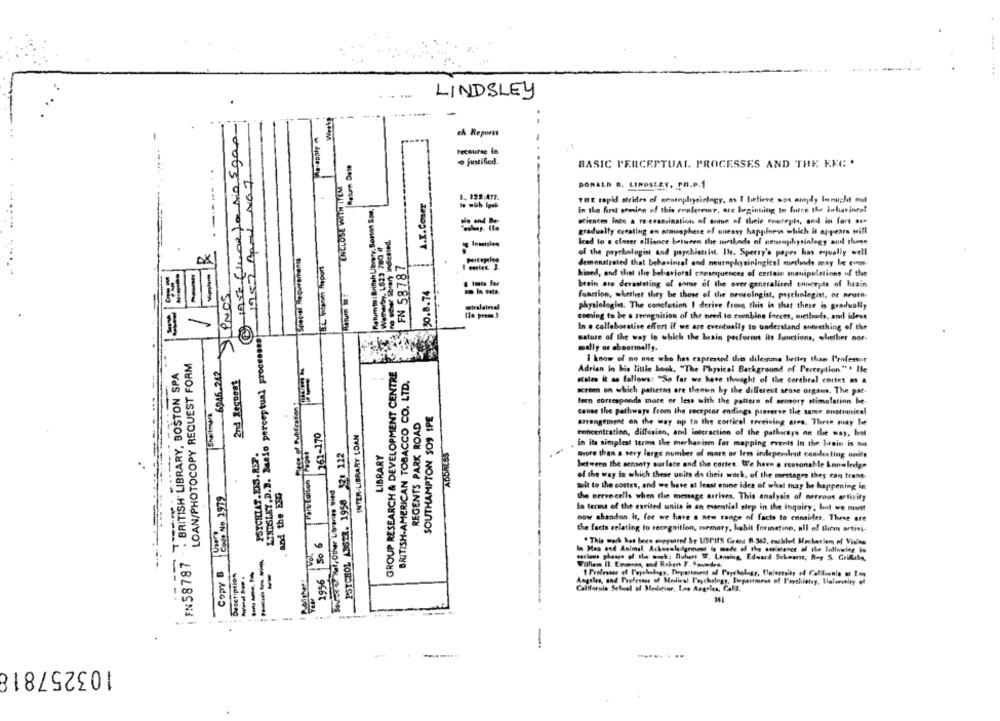
LINDSLEY
1 19se fluor )a sio Egas-
-
...
Pe-apply
ch Reports
Fecourse in
Return Dash
-----...
· justified.
BASIC PERCEPTUAL PROCESSES AND THE KEC .
1987 Are NOT
ENCLOSE WITH ITEM
DONALD B. LINDSLEY, PH.D.1
Returnto : British Library, Berton Spa.
A.X.Comer
THE rapid strides of emureplisiology, as I believe was anply lanu,hit col
in the first somion of this ronlereur, are beginning to faire Ihr Juharinrot
sciences Into a re-eranvinations of some of their carryle, and in fart ase
gradually creating an ormesphere of oueasy happiness which it appears will
leed to s elmer alliance between the methods of nemaphysiology aul than
Speciel Requirements
of the psychologist and psychiatsint. Ile. Sperry's papes has equally well
DX
THL Wonen Report
FN 58787
demonstrated that behavingal and neurophysiningical methods may be com.
bined, and that the behavioral consequences of certain manipulations of the
ILINOS
30.8.74
brain ase devastating of some of the over generalised concepts of bain
Function, whether they be those of the ormologist, psychologist, or neuro.
physiologist. The conclusion I derive fromg this is that there is gradually
coming to be a reengnition of the need to combine forces, methods, and idest
LINDSLEY,D.D. Basio perceptual processes
In a collaborative effort if we are eventually to understand annething of the
nature of the way to which the brain pecformos its Sanctions, whether nor-
mally or abearmally.
LOAN/PHOTOCOPY REQUEST FORM
-6946.242
I know of no one who has expressed! this dilemma better than Profenet
----
i FN58787 . . BRITISH LIBRARY, BOSTON SPA
GROUP RESEARCH & DEVELOPMENT CENTRE
2nd Request
BRITISH-AMERICAN TOBACCO CO. LTD.
Adrian in his tiule book, "The Physical Background of Perception."" Ile
states it as follows: "So far we have thought of the corthrel cortet as a
screen on which patterns are theown by the different sense organs. The pat-
lern corresponds mate or less with the pattern of sensory stimulation be-
Sheitmana
SOUTHAMPTON SOS IPE
REGENTS PARK ROAD
cause the pathways from the receptor endings perverse the same onstrinicel
261-170
arrangement on the way mp to the cortical receiving area. Theren may be
INTER-LIBRARY LOAN
concentration, diffusion, and interaction of the pathways on the way, hat
PSYCHIAT.ENS. REP.
PSTCHOL A36ZA. 1958 52: 112
ADDALSS
in ita simplest terms the merhanisen for mapping events in the brain is no
LIBRARY
more than a very large number of more or less independent condusting units
between the achsoty surface and the cortes. We have a reasonable knowledge
of the way in which these units da theis work, of the messages they can trams.
Soured U Vel, Other Libraries Bied
Code No 1979
and the Eso
mit to the cortes, and we have at least one idea of what may be happening in
the nerve cells when the message arrives. This analysis of nervous arlivity
In terms of the excited units in an essential step in the inquiry; but we must
now chandon it, for we have a new range of facto to consider. These are
1996 50 6
the facts relating to recognition, memory, habit formeting, all of them ortivi-
la Mas sed Animal, Ackoguladgrmet & mode of the amisance of the Bolimring is
marieos phases of the ook: nuhent W. Lansing, Edward Schwant, hoy S. Griffily,
COPY &
Description
---
-
Willem II Eemnes, and Rohen F. Saundra.
Angeles, and Prefevang of Medical Paychology, Siepartmest of l'orthistag, Halvemain of
California Selucel of Medlstier, Los Angeles, Cala.
.. .. .
..-------
..
--.. . ..
103257818